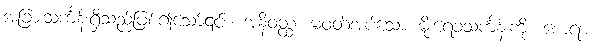
အခြားသင်္ကန်းရှိသည်ဖြစ်၍သော်၎င်း။ အနိဝတ္ထံ၊ မဝတ်အပ်သော မိုးရေခံသင်္ကန်းကို။ စောရာ၊